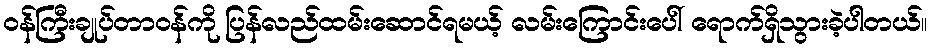
ဝန်ကြီးချုပ်တာဝန်ကို ပြန်လည်ထမ်းဆောင်ရမယ့် လမ်းကြောင်းပေါ် ရောက်ရှိသွားခဲ့ပါတယ်။